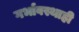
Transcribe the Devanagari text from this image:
गर्भावस्थाही